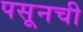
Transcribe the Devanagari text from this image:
पसूनची